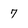
Character: 7